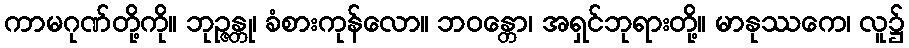
ကာမဂုဏ်တို့ကို။ ဘုဉ္ဇန္တု၊ ခံစားကုန်လော။ ဘဝန္တော၊ အရှင်ဘုရားတို့။ မာနုဿကေ၊ လူ၌